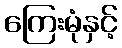
ကြေးမုံနှင့်